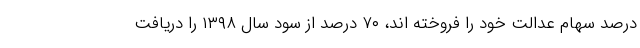
درصد سهام عدالت خود را فروخته اند، ۷۰ درصد از سود سال ۱۳۹۸ را دریافت